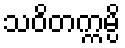
သဝိတက္ကမ္ပိ